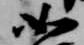
如